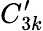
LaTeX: C_{3k}^{\prime}